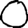
Digit: 0